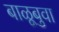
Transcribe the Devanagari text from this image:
बाळूबुवा